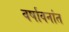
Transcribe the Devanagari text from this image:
वर्षावनांत